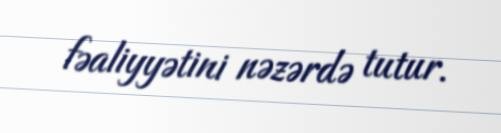
fəaliyyətini nəzərdə tutur.